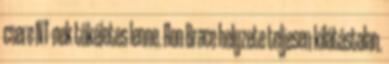
csere NT-nek tökéletes lenne. Ron Brace helyzete teljesen kilátástalan.